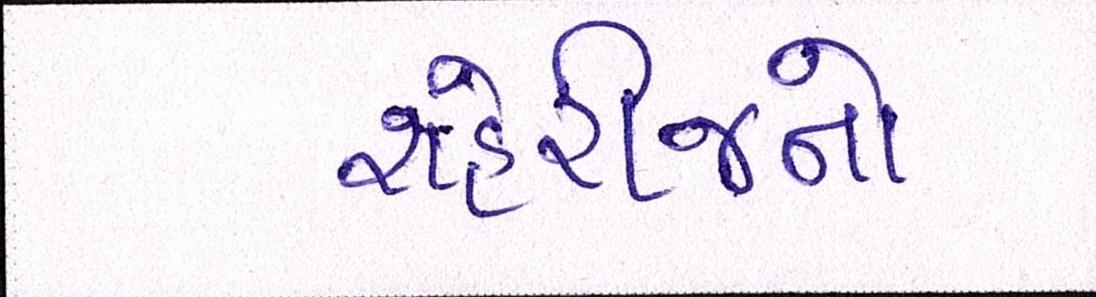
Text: શહેરીજનો